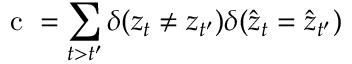
\mathrm { ~ c ~ } = \sum _ { t > t ^ { \prime } } \delta ( z _ { t } \neq z _ { t ^ { \prime } } ) \delta ( \hat { z } _ { t } = \hat { z } _ { t ^ { \prime } } )